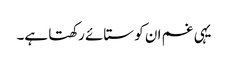
یہی غم ان کو ستائے رکھتا ہے۔